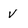
Character: V